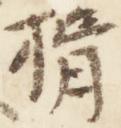
揖